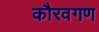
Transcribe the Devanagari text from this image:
कौरवगण